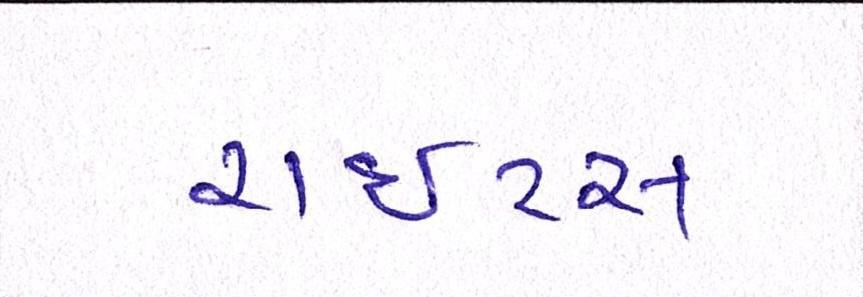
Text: રાઇટ્સ